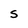
Character: S